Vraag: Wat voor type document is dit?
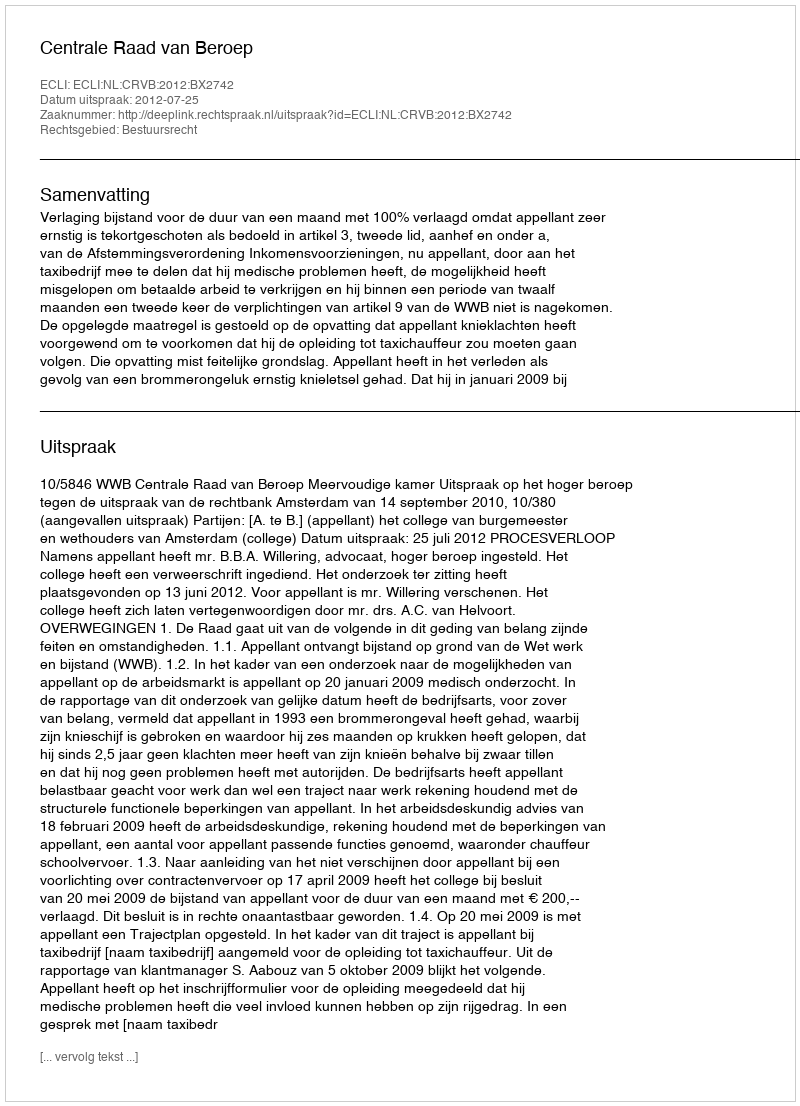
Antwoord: Uitspraak